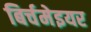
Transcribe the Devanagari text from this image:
बिर्चमेइयर